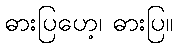
ဓားပြဟေ့၊ ဓားပြ။